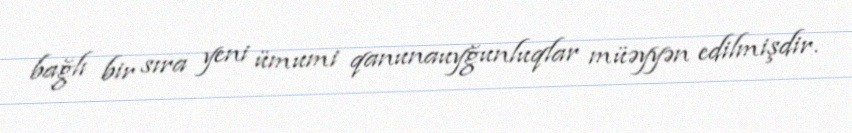
bağlı bir sıra yeni ümumi qanunauyğunluqlar müəyyən edilmişdir.